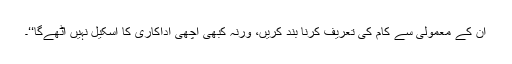
ان کے معمولی سے کام کی تعریف کرنا بند کریں، ورنہ کبھی اچھی اداکاری کا اسکیل نہیں اٹھےگا‘‘۔